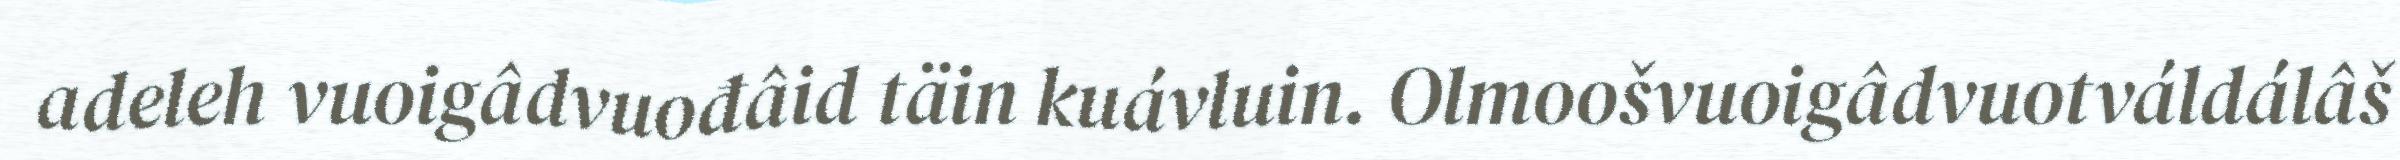
adeleh vuoigâdvuođâid täin kuávluin. Olmoošvuoigâdvuotváldálâš